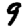
Digit: 9